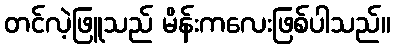
တင်လဲ့ဖြူသည် မိန်းကလေးဖြစ်ပါသည်။